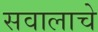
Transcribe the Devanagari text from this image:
सवालाचे